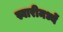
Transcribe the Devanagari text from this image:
स्वारीमध्यें